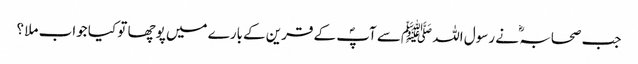
جب صحابہ ؓ نے رسول اللہ ﷺسے آپؐ کے قرین کےبارے میں پوچھا تو کیا جواب ملا ؟